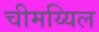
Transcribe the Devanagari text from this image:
चीमय्यिल